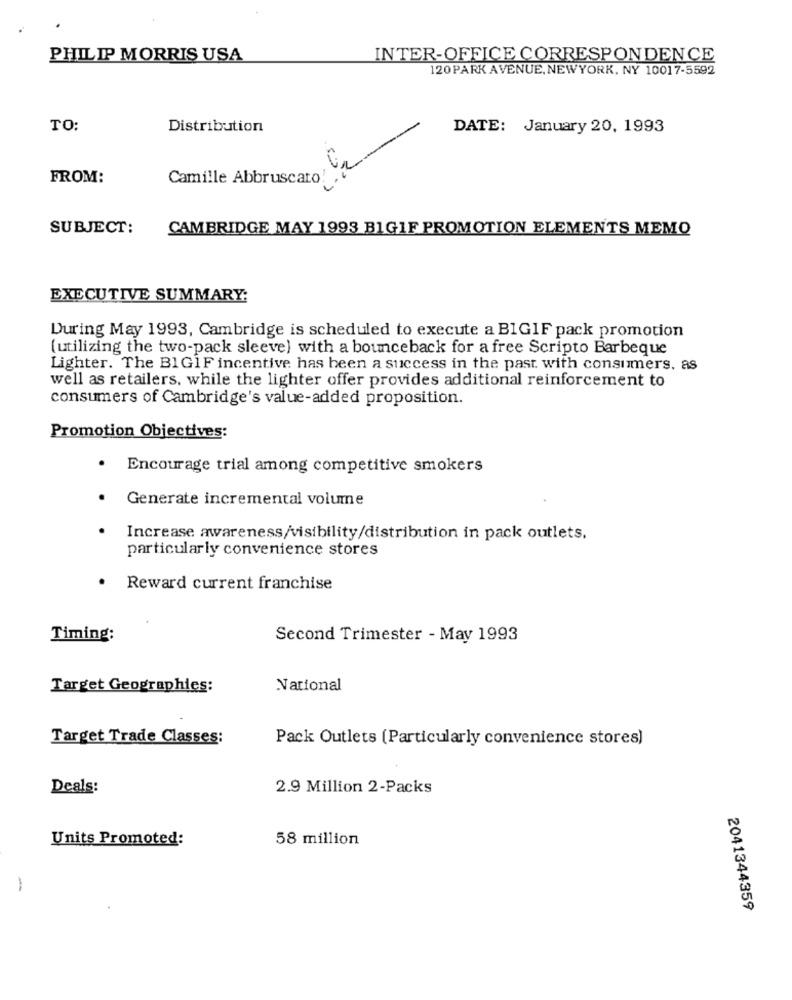
PHILIP MORRIS USA
INTER-OFFICE CORRESPONDENCE
120 PARK AVENUE, NEWYORK, NY 10017-5592
TO:
Distribution
DATE: January 20, 1993
FROM:
Camille Abbruscato!
SUBJECT:
CAMBRIDGE MAY 1993 B1GIF PROMOTION ELEMENTS MEMO
EXECUTIVE SUMMARY:
During May 1993, Cambridge is scheduled to execute a BIGIF pack promotion
(utilizing the two-pack sleeve) with a bounceback for a free Scripto Barbeque
Lighter. The BIG1F incentive has been a success in the past. with consumers, as
well as retailers, while the lighter offer provides additional reinforcement to
consumers of Cambridge's value-added proposition.
Promotion Objectives:
.
Encourage trial among competitive smokers
Generate incremental volume
Increase awareness/visibility/distribution in pack outlets.
particularly convenience stores
Reward current franchise
Timing:
Second Trimester - May 1993
Target Geographies:
National
Target Trade Classes:
Pack Outlets (Particularly convenience stores)
Deals:
2.9 Million 2-Packs
Units Promoted:
58 million
-
2041344359